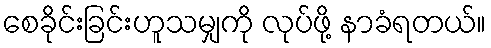
စေခိုင်းခြင်းဟူသမျှကို လုပ်ဖို့ နာခံရတယ်။